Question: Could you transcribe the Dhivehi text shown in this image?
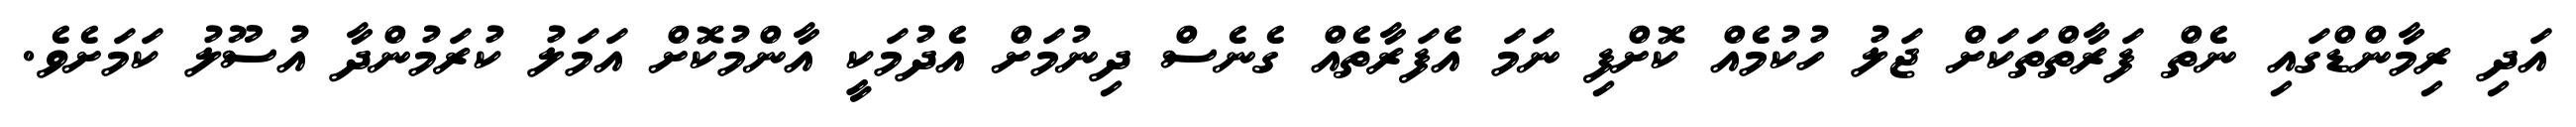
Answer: އަދި ރިމާންޑްގައި ނެތް ފަރާތްތަކަށް ޖަލު ހުކުމެއް ކޮށްފި ނަމަ އެފަރާތެއް ގެނެސް ދިނުމަށް އެދުމަކީ އާންމުކޮށް އަމަލު ކުރަމުންދާ އުސޫލު ކަމަށެވެ.